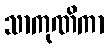
သာကုဏိကာ